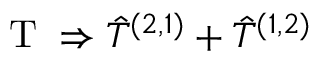
\mathrm { ~ T ~ } \Rightarrow \hat { T } ^ { ( 2 , 1 ) } + \hat { T } ^ { ( 1 , 2 ) }